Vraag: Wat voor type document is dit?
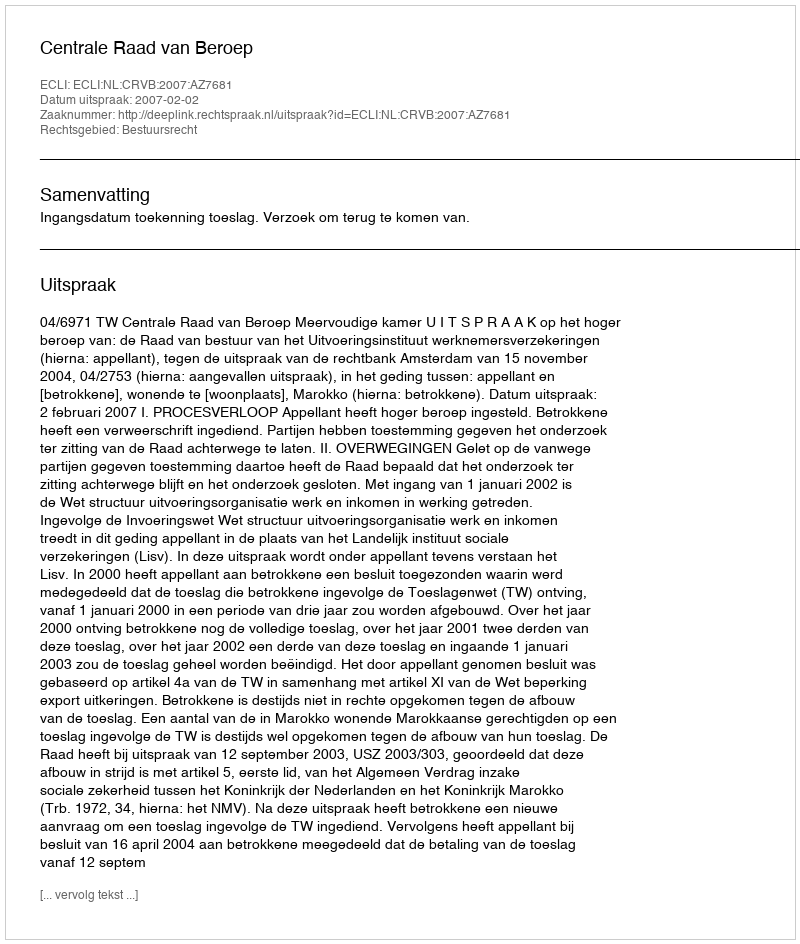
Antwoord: Uitspraak